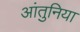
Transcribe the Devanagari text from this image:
आंतुनिया